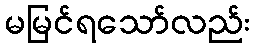
မမြင်ရသော်လည်း